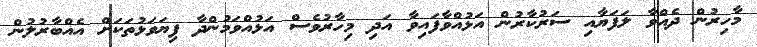
މާހިރުން ދެއްވާ ލަފަޔާއި ސަރުކާރުން އަޅުއްވާފައިވާ އަދި މިހާރުވެސް އަޅުއްވަމުންދާ ފިޔަވަޅުތަކަށް އެއްބާރުލުން